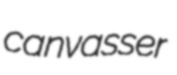
canvasser